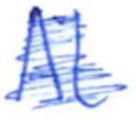
Text: At
Cross-out: scratch
Writing tool: ballpoint